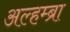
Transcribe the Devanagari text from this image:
अल्हम्ब्रा